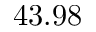
4 3 . 9 8